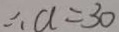
\therefore a = 3 0